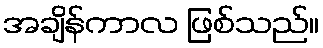
အချိန်ကာလ ဖြစ်သည်။